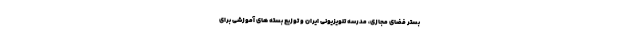
بستر فضای مجازی، مدرسه تلویزیونی ایران و توزیع بسته های آموزشی برای